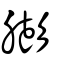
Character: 膨